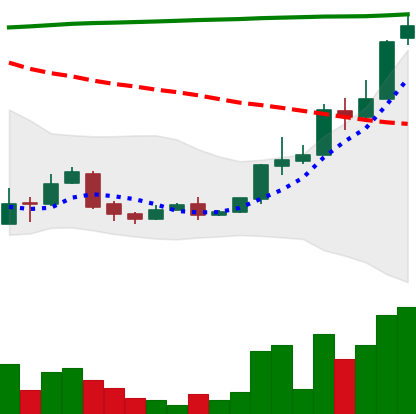
Ticker: XLM-USD
Chart end date: 2018-04-19
Forward return: 9.437%
Label: up_7plus